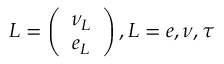
L = \left( \begin{array} { c } { { \nu _ { L } } } \\ { { e _ { L } } } \end{array} \right) , L = e , \nu , \tau